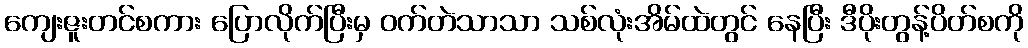
ကျေးဇူးတင်စကား ပြောလိုက်ပြီးမှ ဝက်တဲသာသာ သစ်လုံးအိမ်ထဲတွင် နေပြီး ဒီပိုးတွန့်ပိတ်စကို